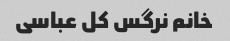
خانم نرگس کل عباسی